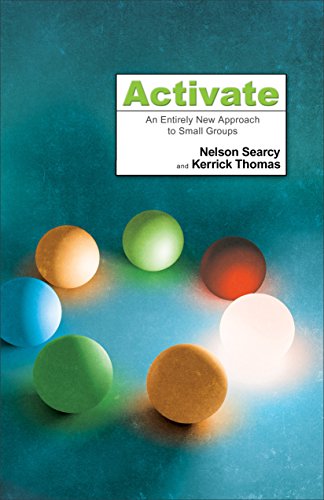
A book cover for Activate: An Entirely New Approach to Small Groups; Nelson Searcy; Christian Books & Bibles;